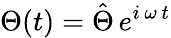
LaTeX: \Theta(t)=\hat{\Theta}\, e^{i\, \omega\, t}